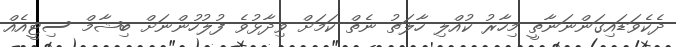
ދެކެވަޑައިގަންނަނާތީ މިހާރު ކުއްލި ހާލަތު ނެތް ކަމަށް ވިދާޅުވެ ފުލުހުންނަށް ބިޝާމް ސިޓީއެއް